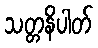
သတ္တနိပါတ်